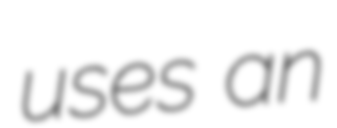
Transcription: uses an